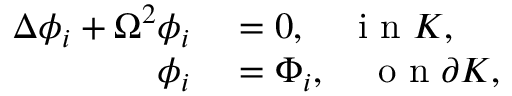
\begin{array} { r l } { \Delta \phi _ { i } + \Omega ^ { 2 } \phi _ { i } } & { { } = 0 , \quad \mathrm { ~ i ~ n ~ } K , } \\ { \phi _ { i } } & { { } = \Phi _ { i } , \quad \mathrm { ~ o ~ n ~ } \partial K , } \end{array}